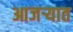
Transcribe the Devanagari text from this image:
आजऱ्यात